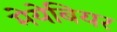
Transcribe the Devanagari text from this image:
मेयेबियर